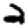
Digit: 2